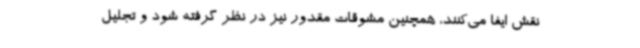
نقش ایفا می‌کنند، همچنین مشوقات مقدور نیز در نظر گرفته شود و تجلیل